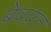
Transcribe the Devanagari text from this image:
बेवक़्त